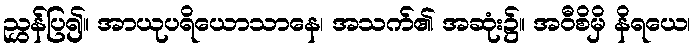
ညွှန်ပြ၍။ အာယုပရိယောသာနေ၊ အသက်၏ အဆုံး၌။ အဝီစိမှိ နိရယေ၊